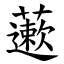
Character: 藗